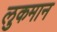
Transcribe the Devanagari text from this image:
लुकमान